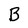
Character: B